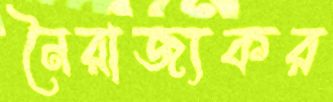
নৈরাজ্যকর